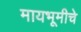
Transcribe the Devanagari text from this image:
मायभूमीचे